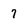
Character: 7